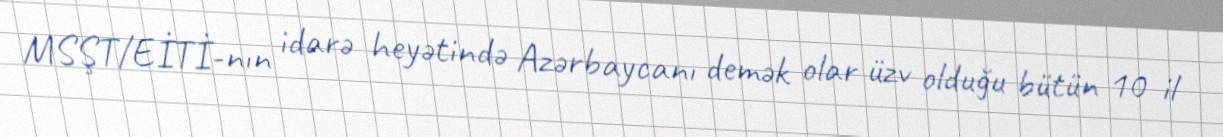
MSŞT/EİTİ-nın idarə heyətində Azərbaycanı demək olar üzv olduğu bütün 10 il